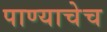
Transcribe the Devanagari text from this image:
पाण्याचेच